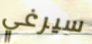
سيرغي